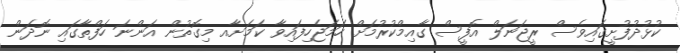
ކުޅުދުފުށީގައިވެސް ރީޖަނަލް އޮފީސް ގާއިމްކުރުމަށް ހަމަޖެހިފައިވާ ކަމަށާއ މިގޮތުން އަންނަ ހަފްތާގައި ނޮދަން